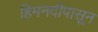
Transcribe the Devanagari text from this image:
हिमनदीपासून